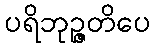
ပရိဘုဉ္ဇတိပေ